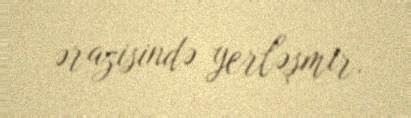
ərazisində yerləşmir.